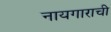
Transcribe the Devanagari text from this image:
नायगाराची